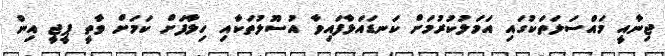
ޖިނާއީ މައްސަލަތަކުގައި އަމަލުކުރުމަށް ކަނޑައަޅާފައިވާ އުސޫލުތަކާއި ހިލާފަށް ކަމަށް ވާތީ ޕީޖީ އިން